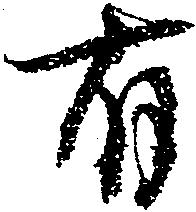
有